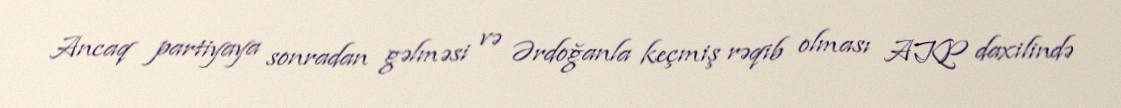
Ancaq partiyaya sonradan gəlməsi və Ərdoğanla keçmiş rəqib olması AKP daxilində